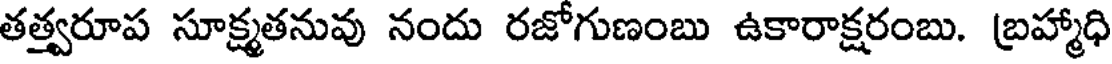
తత్త్వరూప సూక్ష్మతనువు నందు రజోగుణంబు ఉకారాక్షరంబు. బ్రహ్మాధి